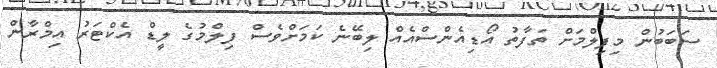
ސަބަބުން މިފިލްމަށް ތަފާތު އޯޑިއެންސްއެއް ލިބޭނެ ކަމަށްވެސް ފިލްމުގެ ލީޑް އެކްޓަރު އިމްރާން